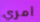
أمري